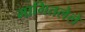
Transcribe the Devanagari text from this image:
मागितलेले